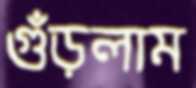
গুঁড়লাম